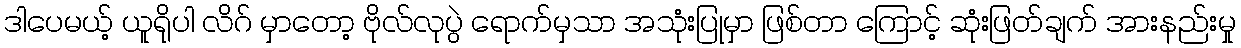
ဒါပေမယ့် ယူရိုပါ လိဂ် မှာတော့ ဗိုလ်လုပွဲ ရောက်မှသာ အသုံးပြုမှာ ဖြစ်တာ ကြောင့် ဆုံးဖြတ်ချက် အားနည်းမှု